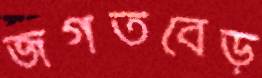
জগতবেড়